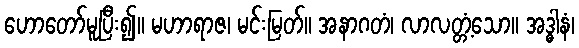
ဟောတော်မူပြီး၍။ မဟာရာဇ၊ မင်းမြတ်။ အနာဂတံ၊ လာလတ္တံ့သော။ အဒ္ဓါနံ၊